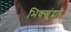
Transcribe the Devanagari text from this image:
भिक्खूंद्वारे